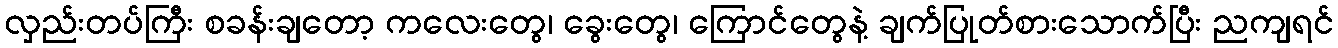
လှည်းတပ်ကြီး စခန်းချတော့ ကလေးတွေ၊ ခွေးတွေ၊ ကြောင်တွေနဲ့ ချက်ပြုတ်စားသောက်ပြီး ညကျရင်